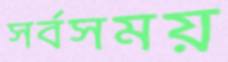
সর্বসময়